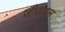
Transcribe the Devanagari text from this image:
जीरावल